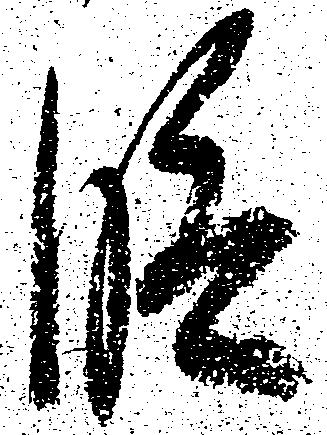
段